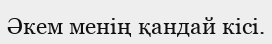
Әкем менің қандай кісі.